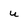
Character: u